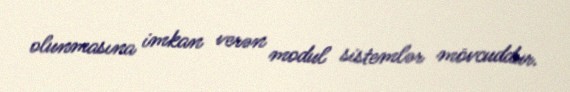
olunmasına imkan verən modul sistemlər mövcuddur.